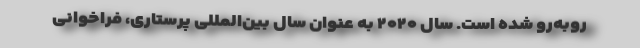
روبه‌رو شده است. سال ۲۰۲۰ به ‌عنوان سال بین‌المللی پرستاری، فراخوانی